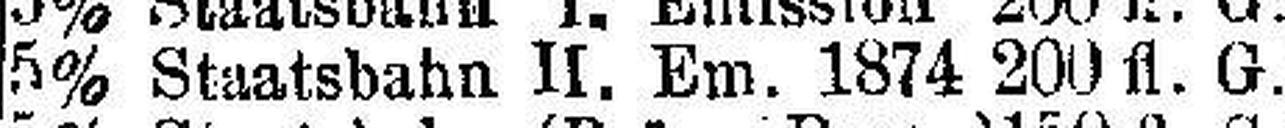
5% Staatsbahn II. Em. 1874 200 fl. G.